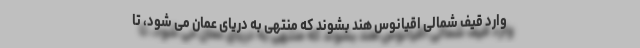
وارد قیف شمالی اقیانوس هند بشوند که منتهی به دریای عمان می شود، تا